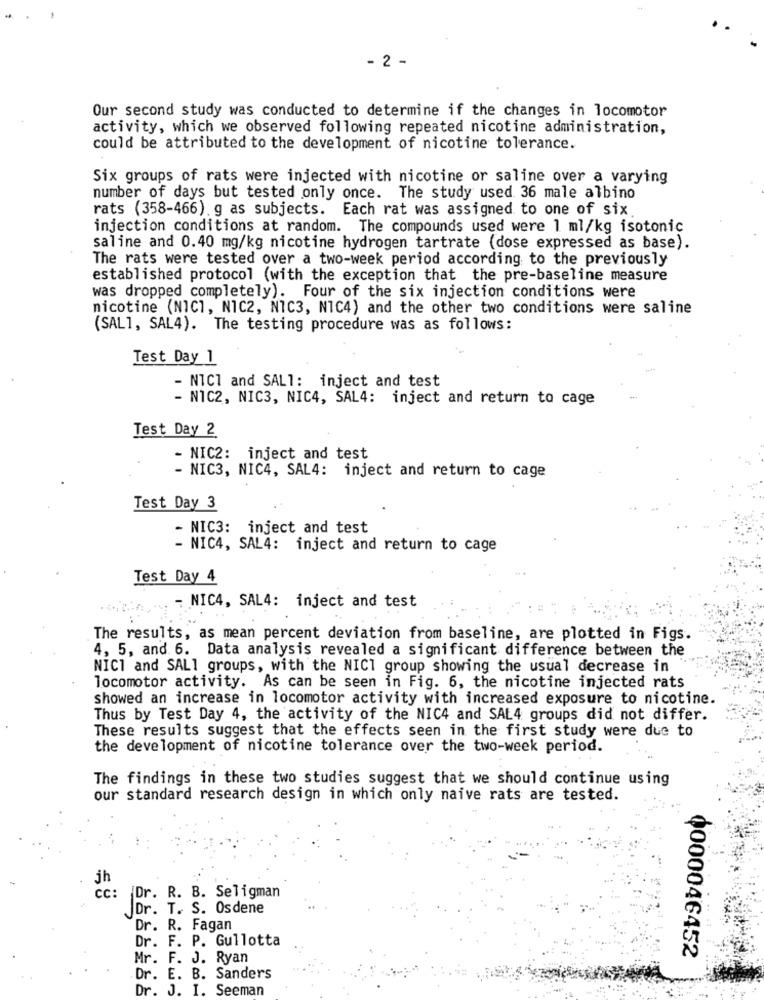
- 2 -
Our second study was conducted to determine if the changes in locomotor
activity, which we observed following repeated nicotine administration,
could be attributed to the development of nicotine tolerance.
Six groups of rats were injected with nicotine or saline over a varying
number of days but tested only once. The study used 36 male albino
rats (358-466). g as subjects. Each rat was assigned to one of six
injection conditions at random. The compounds used were 1 ml/kg isotonic
saline and 0.40 mg/kg nicotine hydrogen tartrate (dose expressed as base).
The rats were tested over a two-week period according to the previously
established protocol (with the exception that the pre-baseline measure
was dropped completely). Four of the six injection conditions were
nicotine (NICI, NIC2, NIC3, NIC4) and the other two conditions were saline
(SAL], SAL4). The testing procedure was as follows:
Test Day 1
- NICI and SALT: inject and test
- NIC2, NIC3, NIC4, SAL4: inject and return to cage
Test Day 2
- NIC2: inject and test
- NIC3, NIC4, SAL4: inject and return to cage
Test Day 3
- NIC3: inject and test
- NIC4, SAL4: inject and return to cage
Test Day 4
- NIC4, SAL4: inject and test
The results, as mean percent deviation from baseline, are plotted in Figs.
4, 5, and. 6. Data analysis revealed a significant difference between the
NICI and SALI groups, with the NICT group showing the usual decrease in
locomotor activity. As can be seen in Fig. 6, the nicotine injected rats
showed an increase in locomotor activity with increased exposure to nicotine.
Thus by Test Day 4, the activity of the NIC4 and SAL4 groups did not differ.
These results suggest that the effects seen in the first study were due to
the development of nicotine tolerance over the two-week period.
The findings in these two studies suggest that we should continue using
our standard research design in which only naive rats are tested.
jh
cc:
Dr. R. B. Seligman
JDr. T. S. Osdene
Dr. R. Fagan
Dr. F. P. Gullotta
0000046452
Mr. F. J. Ryan
Dr. E. B. Sanders
Dr. J. I. Seeman